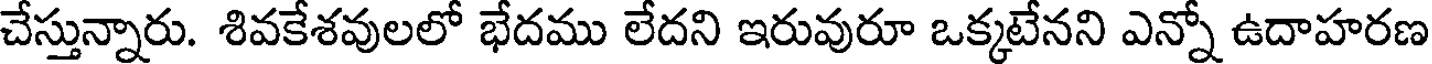
చేస్తున్నారు. శివకేశవులలో భేదము లేదని ఇరువురూ ఒక్కటేనని ఎన్నో ఉదాహరణ